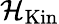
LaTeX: {\mathcal{H}}_{\mathrm{Kin}}